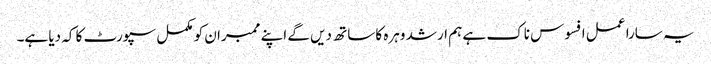
یہ سارا عمل افسوس ناک ہے ہم ارشد وہرہ کا ساتھ دیں گے اپنے ممبران کو مکمل سپورٹ کا کہ دیا ہے۔